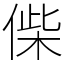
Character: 偨